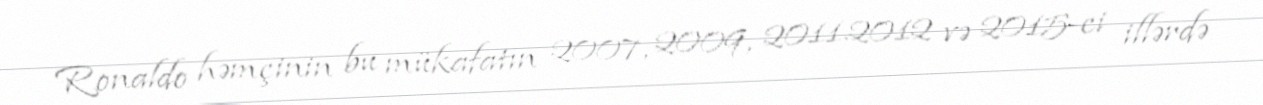
Ronaldo həmçinin bu mükafatın 2007, 2009, 2011.2012 və 2015-ci illərdə